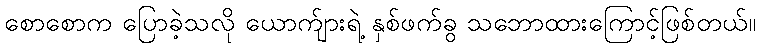
စောစောက ပြောခဲ့သလို ယောက်ျားရဲ့ နှစ်ဖက်ခွ သဘောထားကြောင့်ဖြစ်တယ်။